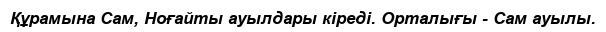
Құрамына Сам, Ноғайты ауылдары кіреді. Орталығы - Сам ауылы.